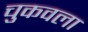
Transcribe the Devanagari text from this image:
चुकवला